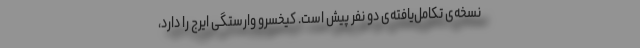
نسخه‌ی تکامل‌یافته‌ی دو نفر پیش است. کیخسرو وارستگی ایرج را دارد،